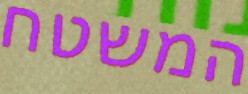
המשטח